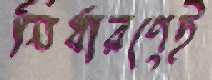
নির্ধারণেই